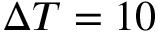
\Delta T = 1 0